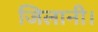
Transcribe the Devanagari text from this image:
जिलानी।